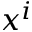
x ^ { i }